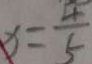
x = \frac { 4 } { 5 }